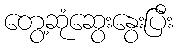
တွေ့ဆုံဆွေးနွေးပြီး